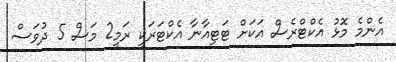
އެންމެ މޮޅު އެކްޓްރެސް އަކަށް ޓަޓިއާނާ އެކްޓަރަކީ ރަމީ2 މަސް 5 ދުވަސް